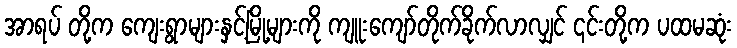
အာရပ် တို့က ကျေးရွာများနှင့်မြို့များကို ကျူးကျော်တိုက်ခိုက်လာလျှင် ၎င်းတို့က ပထမဆုံး